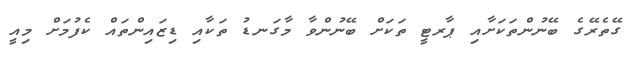
ގޭތެރޭގެ ބޭނުންތަކަށާއި ޕާރޓީ ތަކަށް ބޭނުންވާ މާގަނޑު ތަކާއި ޑިޒައިންތައް ކެފުމަށް މިއީ